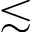
\lesssim